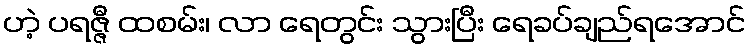
ဟဲ့ ပရဇ္ဇီ ထစမ်း၊ လာ ရေတွင်း သွားပြီး ရေခပ်ချည်ရအောင်